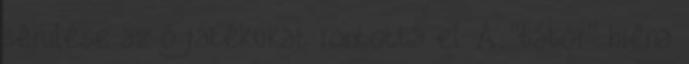
sérülése az ő játékukat rontotta el. A "bátor" hiéna